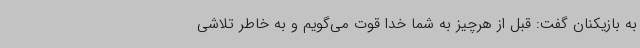
به بازیکنان گفت: قبل از هرچیز به شما خدا قوت می‌گویم و به خاطر تلاشی